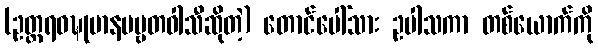
(ဥတ္တရဝဍ္ဎုမာနပဗ္ဗတဝါသီဆိုတဲ့) တောင်ပေါ်သား ဥပါသကာ တစ်ယောက်ကို